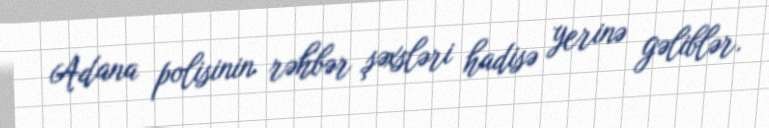
Adana polisinin rəhbər şəxsləri hadisə yerinə gəliblər.